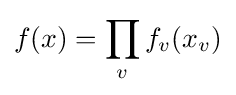
f(x)=\prod _{v}f_{v}(x_{v})